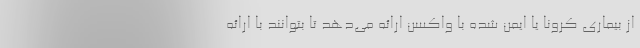
از بیماری کرونا یا ایمن شده با واکسن ارائه می‌دهد تا بتوانند با ارائه